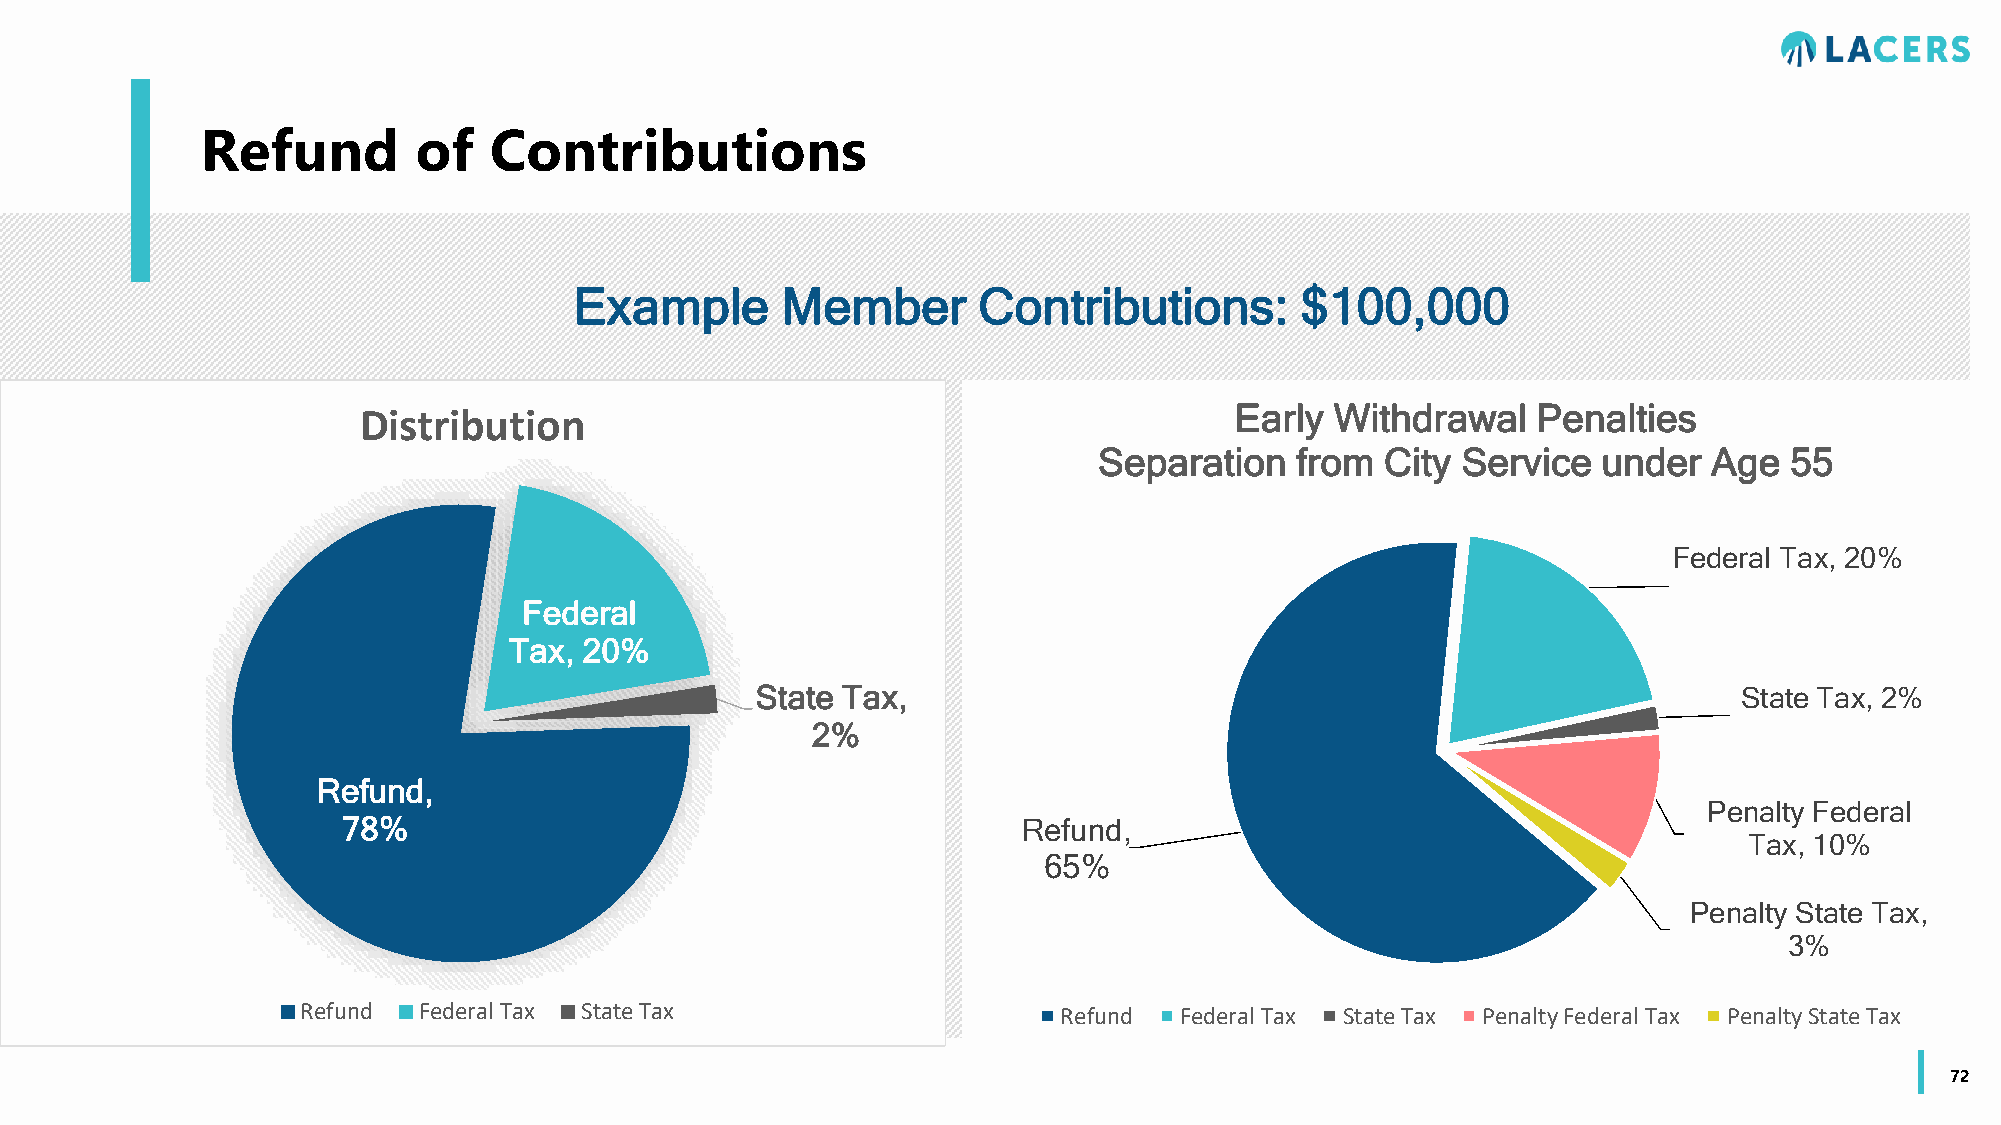
Refund         of  Contributions
 Example       Member       Contributions:       $100,000
 Distribution                                              Early Withdrawal    Penalties
 Separation   from  City Service  under  Age  55
 Federal Tax, 20%
 Federal
 Tax, 20%
 State Tax,                                                       State Tax, 2%
 2%
 Refund,
 Penalty Federal
 78%                                          Refund,
 Tax, 10%
 65%
 Penalty State Tax,
 3%
 Refund  Federal Tax State Tax                     Refund  Federal Tax State Tax Penalty Federal Tax Penalty State Tax
 72